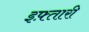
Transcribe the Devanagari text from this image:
इफ़्तारी